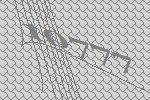
10777